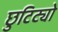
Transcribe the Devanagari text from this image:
छुटिट्यो